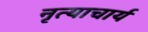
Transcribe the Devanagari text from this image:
नृत्याचार्य